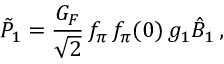
\tilde { P } _ { 1 } = \frac { G _ { F } } { \sqrt { 2 } } \, f _ { \pi } \, f _ { \pi } ( 0 ) \, g _ { 1 } \hat { B } _ { 1 } \, ,